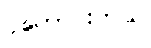
ပိုကောင်းတယ်